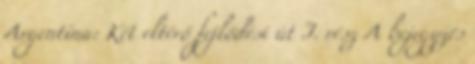
Argentína: Két eltérő fejlődési út I. rész A bejegyzés